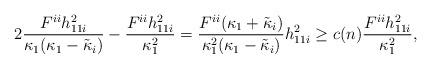
LaTeX: \begin{align*}2\frac{F^{ii}h_{11i}^2}{\kappa_1 (\kappa_1 -\tilde{\kappa}_i )}-\frac{ F^{ii}h_{11i}^2}{\kappa_1^2}=\frac{F^{ii} (\kappa_1 +\tilde{\kappa}_i )}{\kappa_1^2 (\kappa_1 -\tilde{\kappa}_i )}h_{11i}^2\geq c(n)\frac{ F^{ii}h_{11i}^2}{\kappa_1^2},\end{align*}